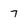
Character: 7